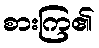
စားကြ၏